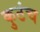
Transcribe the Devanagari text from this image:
कुठंच